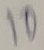
Text: 10